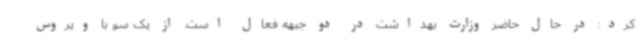
کرد: در حال حاضر وزارت بهداشت در دو جبهه فعال است. از یک سو با ویروس